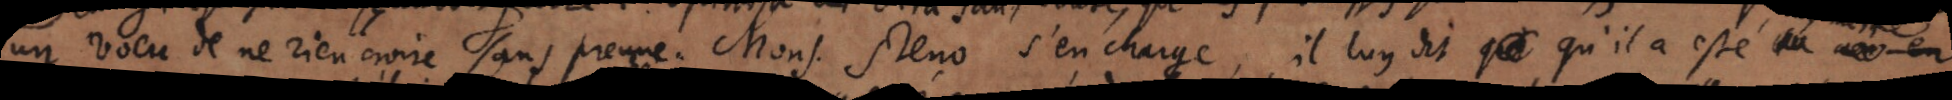
un voeu de ne rien croire sans preuve. Mons. Steno s’en charge, il luy di qu’il a esté